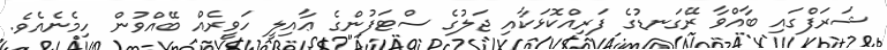
ޝަރަފްގައި ބާއްވާ ރޭގަނޑުގެ ފަރިއްކޮޅަކާއި ޖަލުގެ ސްޓަފުންގެ ޢާއިލީ ހަވީރެއް ބޭއްވުން ހިމެނެއެވެ.